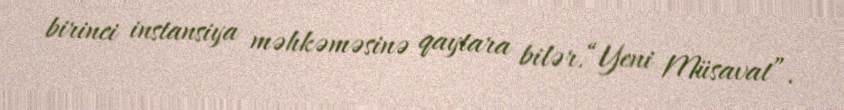
birinci instansiya məhkəməsinə qaytara bilər.“Yeni Müsavat”.